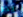
يجر